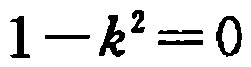
$1 - k^{2} = 0$